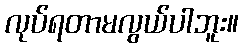
လုပ်ရတာမလွယ်ပါဘူး။